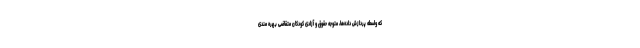
که واسطه پردازش داده‌ها، متوجه حقوق و آزادی کودکان متقاضی بهره مندی